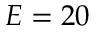
E = 2 0